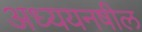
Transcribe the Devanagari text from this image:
अध्ययनषील